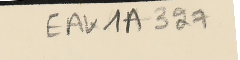
EAK1A- 327